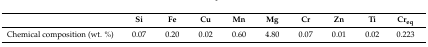
|  | Si | Fe | Cu | Mn | Mg | Cr | Zn | Ti | Creq |
 | --- | --- | --- | --- | --- | --- | --- | --- | --- | --- |
 | Chemical composition (wt. %) | 0.07 | 0.20 | 0.02 | 0.60 | 4.80 | 0.07 | 0.01 | 0.02 | 0.223 |